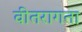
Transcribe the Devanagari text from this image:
वीतरागता